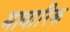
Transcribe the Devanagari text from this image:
मावारिक